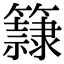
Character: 𥶾